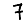
Digit: 7